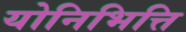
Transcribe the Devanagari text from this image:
योनिभित्ति